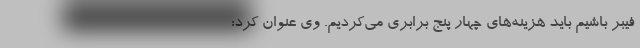
فیبر باشیم باید هزینه‌های چهار پنج برابری می‌کردیم. وی عنوان کرد: